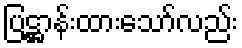
ပြဋ္ဌာန်းထားသော်လည်း